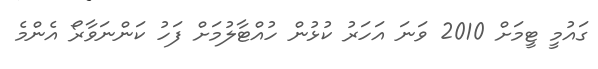
ގައުމީ ޓީމަށް 2010 ވަނަ އަހަރު ކުޅުން ހުއްޓާލުމަށް ފަހު ކަންނަވާރޯ އެންމެ